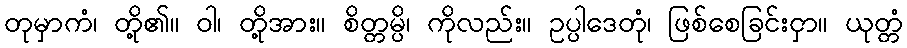
တုမှာကံ၊ တို့၏။ ဝါ၊ တို့အား။ စိတ္တမ္ပိ၊ ကိုလည်း။ ဥပ္ပါဒေတုံ၊ ဖြစ်စေခြင်းငှာ။ ယုတ္တံ